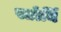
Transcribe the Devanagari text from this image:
स्तोर्यि